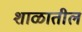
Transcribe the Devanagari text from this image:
शाळातील